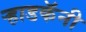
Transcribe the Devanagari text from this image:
ऱ्हाडकॅनी